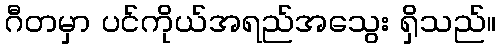
ဂီတမှာ ပင်ကိုယ်အရည်အသွေး ရှိသည်။